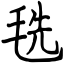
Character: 毨